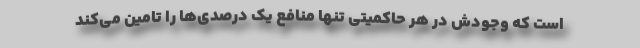
است که وجودش در هر حاکمیتی تنها منافع یک درصدی‌ها را تامین می‌کند